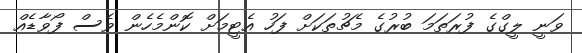
ވަނީ ލީގްގެ ފުރަތަމަ ބުރުގެ މެޗުތަކަށް ފަހު އެޓީމަށް ކޮންމެހެން ވެސް ފޯވާޑެއް